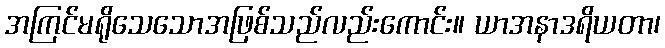
အကြင်မရိုသေသောအဖြစ်သည်လည်းကောင်း။ ယာအနာဒရိယတာ၊